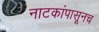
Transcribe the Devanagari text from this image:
नाटकांपासूनच